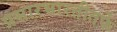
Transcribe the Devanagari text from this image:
प्रसारभारतीतर्फे